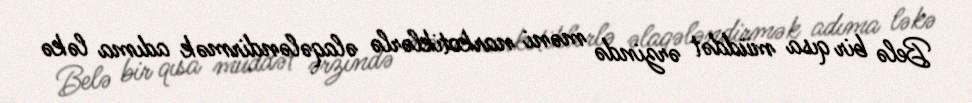
Belə bir qısa müddət ərzində məni narkotiklərlə əlaqələndirmək adıma ləkə